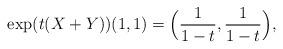
LaTeX: \begin{align*}\exp(t(X+Y))(1,1)= \Bigl(\frac{1}{1-t},\frac{1}{1-t}\Bigr),\end{align*}